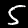
Label: 5